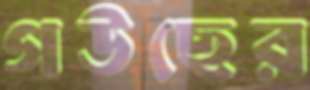
গউছের